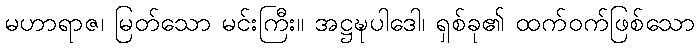
မဟာရာဇ၊ မြတ်သော မင်းကြီး။ အဋ္ဌဍ္ဎပါဒေါ၊ ရှစ်ခု၏ ထက်ဝက်ဖြစ်သော